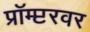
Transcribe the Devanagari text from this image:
प्रॉम्प्टरवर